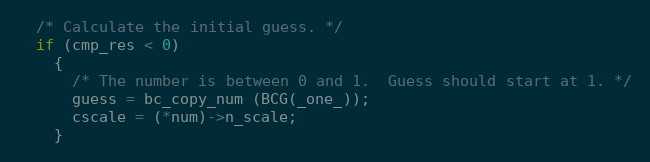
Language: C++
  /* Calculate the initial guess. */
  if (cmp_res < 0)
    {
      /* The number is between 0 and 1.  Guess should start at 1. */
      guess = bc_copy_num (BCG(_one_));
      cscale = (*num)->n_scale;
    }